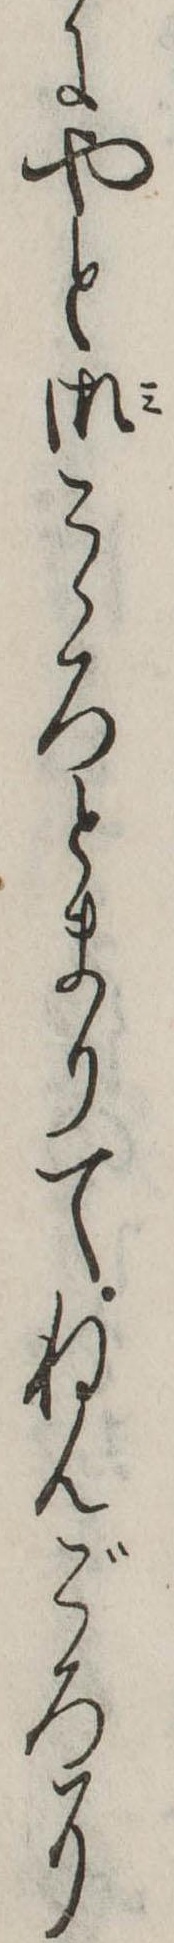
にやと御こゝろとまりてねんごろに